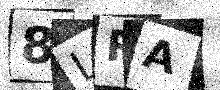
Text: 8LRA